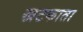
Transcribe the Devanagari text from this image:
खटकाता